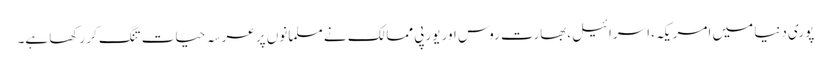
پوری دنیا میں امریکہ، اسرائیل،بھارت روس اور یورپی ممالک نے مسلمانوں پر عرسہ حیات تنگ کر رکھا ہے۔